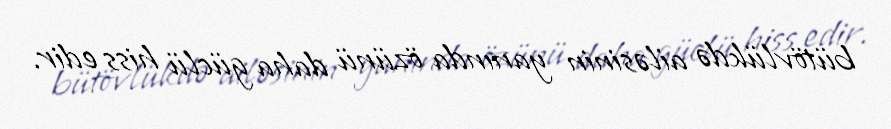
bütövlükdə ailəsinin yanında özünü daha güclü hiss edir.